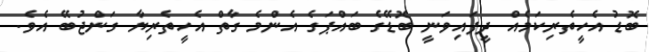
ބޮޑު އެހީތެރިކަމެއް ދީފައިވަނީ ބޮޑޭގެ ބައްޕަގެ އެންމެ ގާތް އެހީތެރިޔާ ގަންޖުބޭ އެވެ.